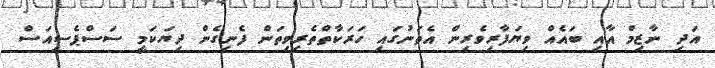
އަދި ނާޒިމް އާއި ބައެއް ވިޔަފާރިވެރިން އެތަނުގައި ހަރަކާތްތެރިވިތަން ފެނިގެން ދިޔަކަމީ ސަސްޕެސިއަސް